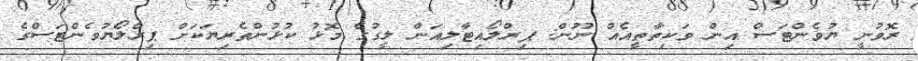
ރޮވުނީ ޔުވެންޓަސް އިން ވަކިތާތީއެއް ނޫން: ޕިރްލޯއިޓާލިއަން ލީގުގެ މޮޅު ކުޅުންތެރިޔަކަށް ޕިރްލޯޔުވެންޓަސްގެ